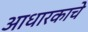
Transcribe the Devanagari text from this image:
आधारकाचे